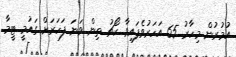
އުމުރުން މިހާރު 65 އަހަރުވެފައިވާ ކޯޗު ތިން ވަނަ ފަހަރަށް ގައުމީ ޓީމާ